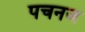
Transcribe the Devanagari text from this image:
पचनज